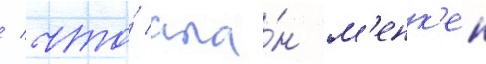
/ что́ ала́н м'енк'ен